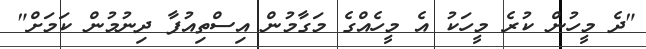
"ދެ މީހުން ކުރެ މީހަކު އެ މީހެއްގެ މަގާމުން އިސްތިއުފާ ދިނުމުން ކަމަށް"